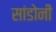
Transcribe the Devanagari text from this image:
सांडोनी